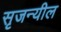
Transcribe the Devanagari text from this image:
सृजन्यील